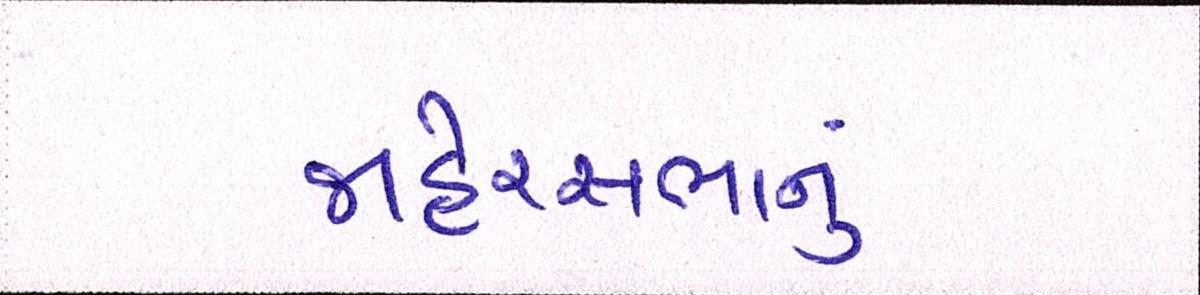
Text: જાહેરસભાનું